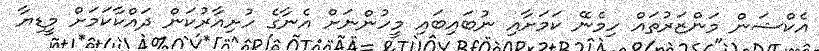
އެކްޝަން މަންޒަރުތައް ހިމެނޭ ކަމަށާއި ނުބައިބައި މީހުންނަށް އެނާގެ ހުށިއާރުކަން ދައްކާކަމަށް މީޑިޔާ